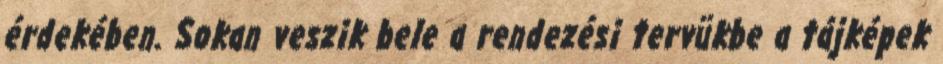
érdekében. Sokan veszik bele a rendezési tervükbe a tájképek